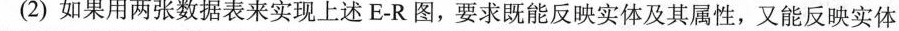
(2)如果用两张数据表来实现上述E-R图，要求既能反映实体及其属性，又能反映实体